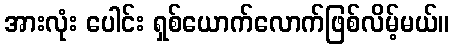
အားလုံး ပေါင်း ရှစ်ယောက်လောက်ဖြစ်လိမ့်မယ်။